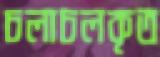
চলাচলকৃত